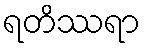
ရတိဿရာ